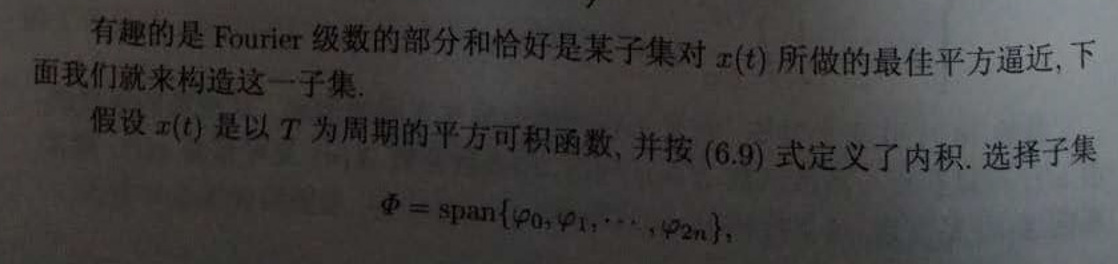
有趣的是Fourier级数的部分和恰好是某子集对$x(t)$所做的最佳平方逼近, 下面我们就来构造这一子集.

假设$x(t)$是以$T$为周期的平方可积函数, 并按(6.9)式定义了内积. 选择子集
\[
\varPhi = \mathrm{span}\{\varphi_0, \varphi_1, \cdots, \varphi_{2n}\},
\]